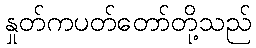
နှုတ်ကပတ်တော်တို့သည်